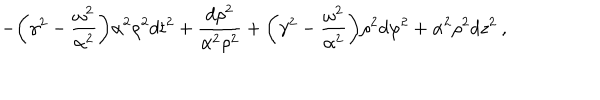
LaTeX: - { \biggl ( } \gamma ^ { 2 } - \frac { \omega ^ { 2 } } { \alpha ^ { 2 } } { \biggr ) } \alpha ^ { 2 } \rho ^ { 2 } d t ^ { 2 } + \frac { d \rho ^ { 2 } } { \alpha ^ { 2 } \rho ^ { 2 } } + { \biggl ( } \gamma ^ { 2 } - \frac { \omega ^ { 2 } } { \alpha ^ { 2 } } { \biggr ) } \rho ^ { 2 } d \varphi ^ { 2 } + \alpha ^ { 2 } \rho ^ { 2 } d z ^ { 2 } \: ,